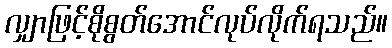
လျှာဖြင့်စိုစွတ်အောင်လုပ်လိုက်ရသည်။